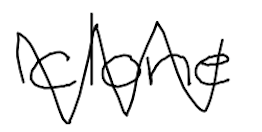
Text: clone
Cross-out: zig-zag
Writing tool: digital_black